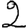
Digit: 2